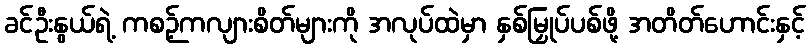
ခင်ဦးနွယ်ရဲ့ ကစဉ့်ကလျားစိတ်များကို အလုပ်ထဲမှာ နှစ်မြှုပ်ပစ်ဖို့ အတိတ်ဟောင်းနှင့်